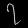
Digit: ၇